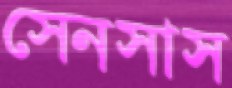
সেনসাস